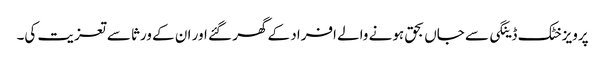
پرویزخٹک ڈینگی سے جاں بحق ہونے والے افراد کے گھر گئے اور ان کے ورثا سے تعزیت کی۔